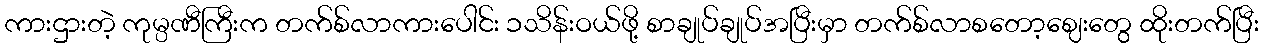
ကားဌားတဲ့ ကုမ္ပဏီကြီးက တက်စ်လာကားပေါင်း ၁သိန်းဝယ်ဖို့ စာချုပ်ချုပ်အပြီးမှာ တက်စ်လာစတော့ဈေးတွေ ထိုးတက်ပြီး